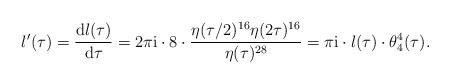
LaTeX: \begin{align*}\l'(\tau)=\frac{{\rm d}\l(\tau)}{{\rm d}\tau}=2\pi {\rm i} \cdot 8\cdot\frac{\eta(\tau/2)^{16}\eta(2\tau)^{16}}{\eta(\tau)^{28}}=\pi {\rm i} \cdot \l(\tau)\cdot \theta_4^4(\tau).\end{align*}